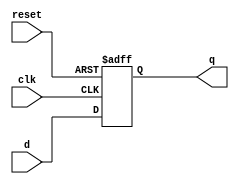
module D_FF_with_asynchronous_reset (
    input wire d,
    input wire clk,
    input wire reset,
    output wire q
);
  reg temp;
  always @(posedge clk or negedge reset) begin
    if (!reset)
      temp <= 0;
    else
      temp <= d;
  end
  assign q = temp;
endmodule